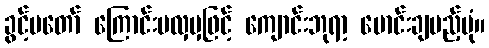
ခွင့်မတော် ကြောင်းမလှမှဖြင့် ကျောင်းဘုရာ့ မောင်းချမည့်ပုံ။